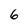
Character: 6